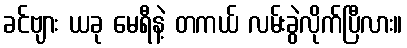
ခင်ဗျား ယခု မေရီနဲ့ တကယ် လမ်းခွဲလိုက်ပြီလား။